65_HS1-834228961_62-HQ-83894_Section_9
Agency: FBI
Page 68
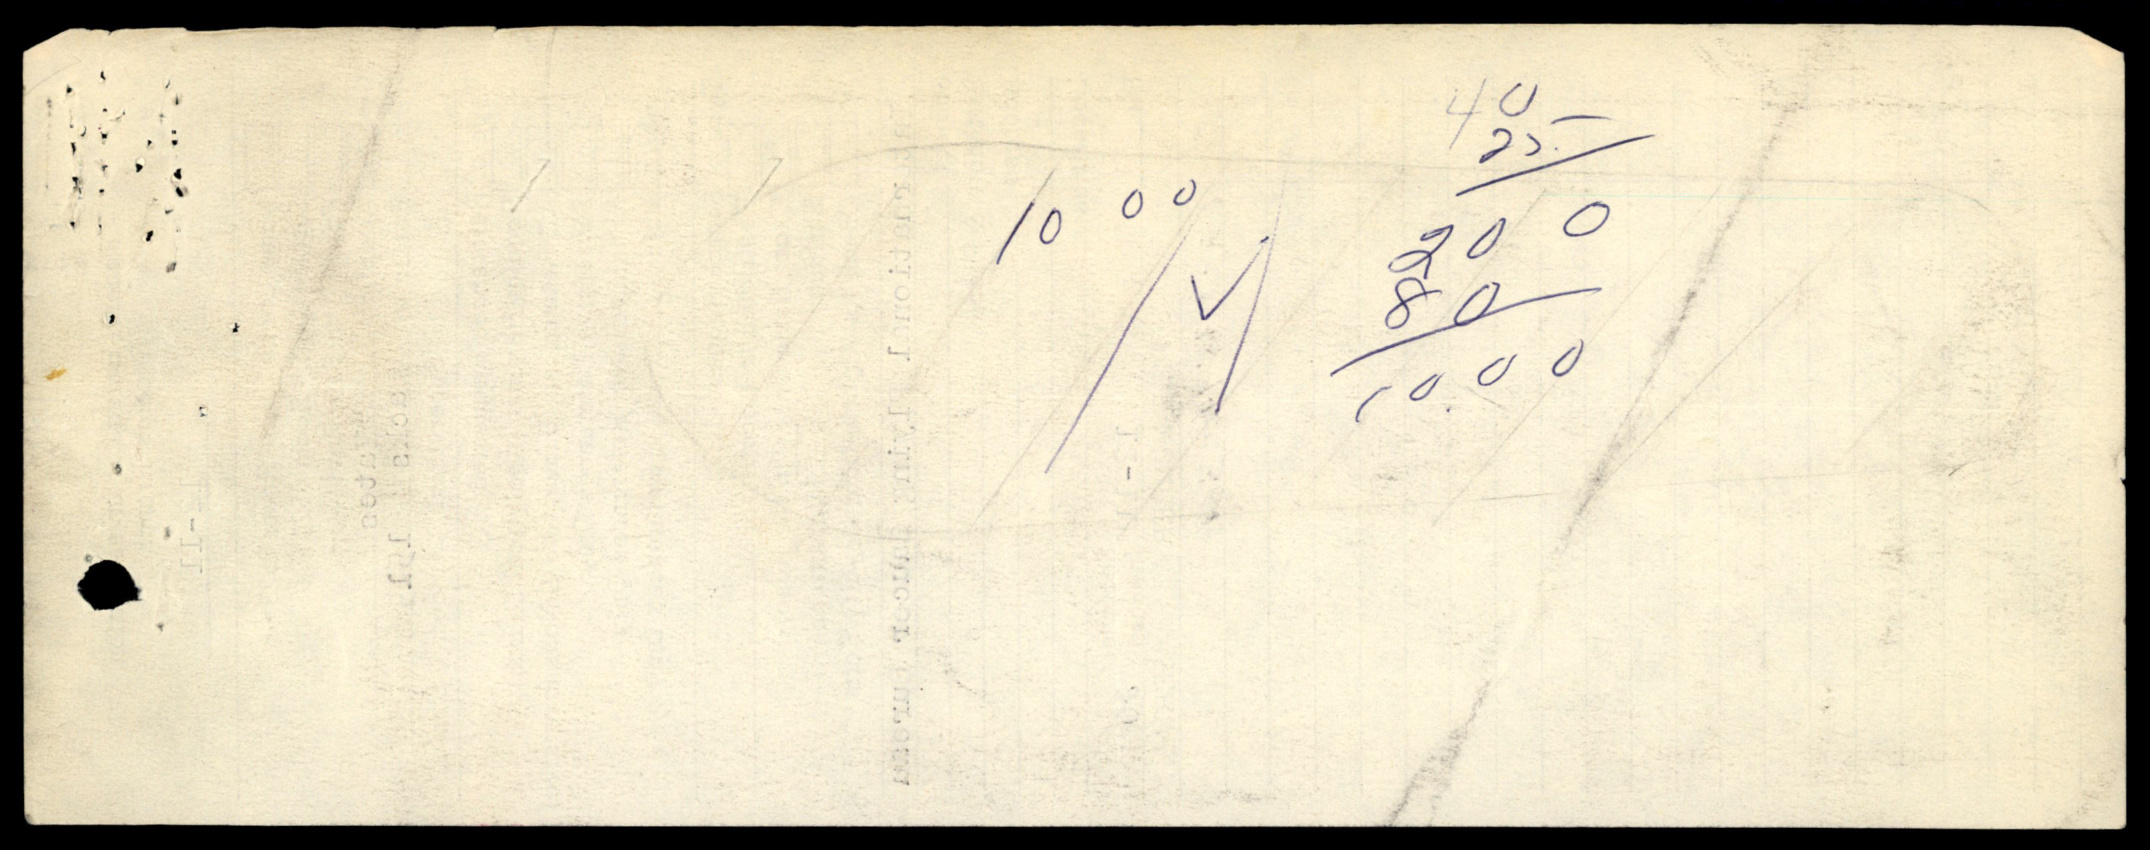